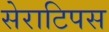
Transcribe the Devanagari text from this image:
सेराटिपस